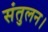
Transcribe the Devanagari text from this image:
संतुलन।